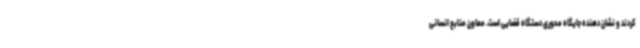
کردند و نشان دهنده جایگاه محوری دستگاه قضایی است. معاون منابع انسانی